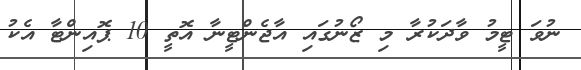
ނުވަ ޓީމު ވާދަކުރާ މި ޒޯނުގައި އާޖެންޓީނާ އޮތީ 10 ޕޮއިންޓާ އެކު